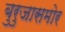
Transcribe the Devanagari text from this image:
बुरुजासमोर